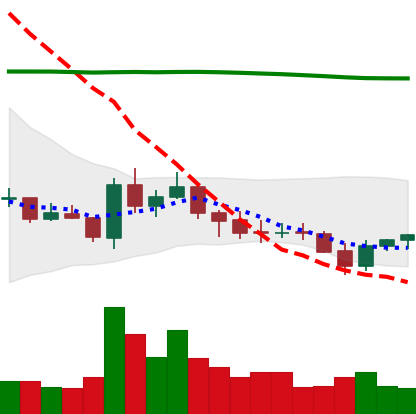
Ticker: EOS-USD
Chart end date: 2021-07-23
Forward return: 7.341%
Label: up_7plus